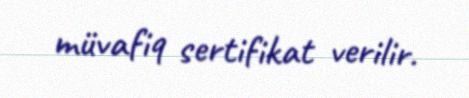
müvafiq sertifikat verilir.